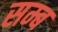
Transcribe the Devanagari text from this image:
सम्ब